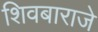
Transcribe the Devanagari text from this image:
शिवबाराजे